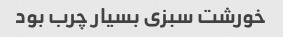
خورشت سبزی بسیار چرب بود